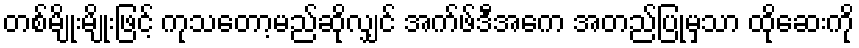
တစ်မျိုးမျိုးဖြင့် ကုသတော့မည်ဆိုလျှင် အက်ဖ်ဒီအေက အတည်ပြုမှသာ ထိုဆေးကို